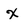
Character: X